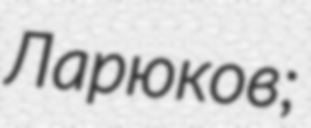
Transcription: Ларюков;